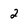
Character: 2